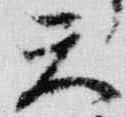
天